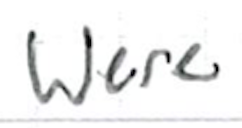
Text: were
Cross-out: clean
Writing tool: ballpoint